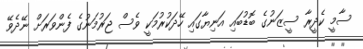
ސާމީ ކެދީރާ ސީޒަނުގެ ބޮޑުބައި އަނިޔާގައި ހޭދަކުރުމަކީ ވެސް ޖަރުމަނުގެ ފެންވަރަށް ނޭދެވޭ